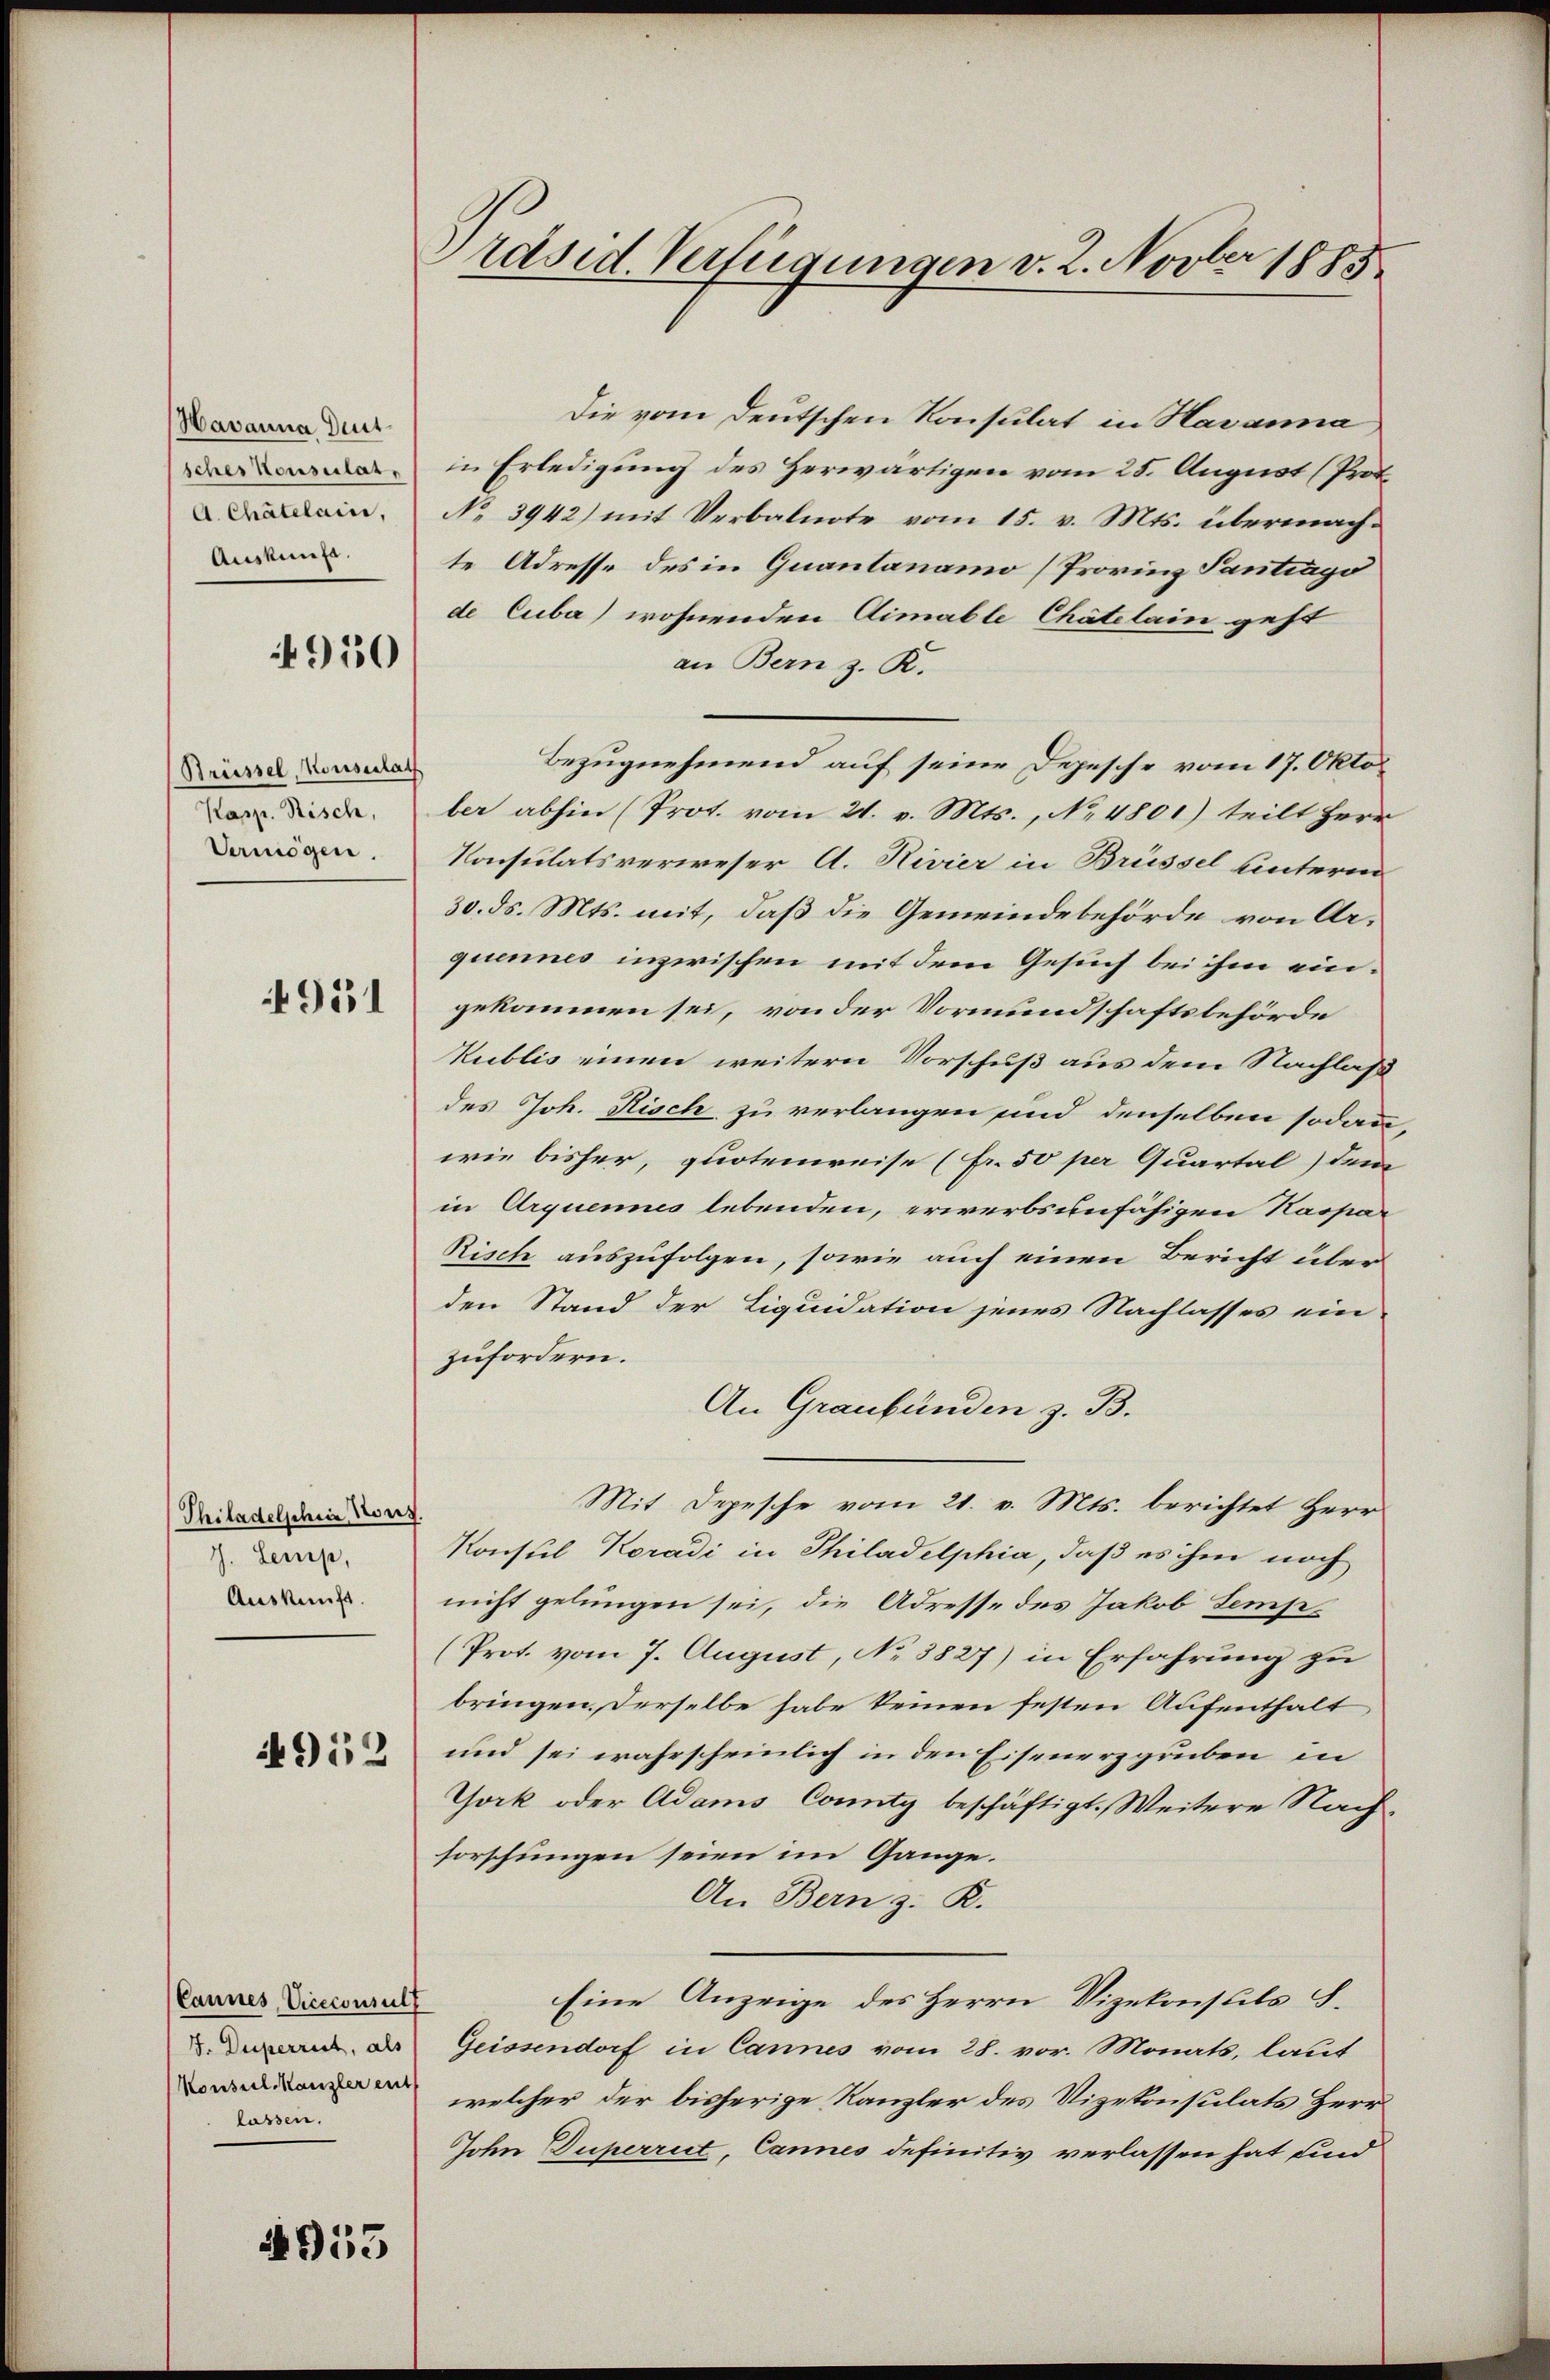
Havanna Dritscher Konsulat,
A. Chatelain,
Auskunft.

950

Brüssel, Konsulat
Kasp. Risch,
Vermögen.

951

Philadelschein Nor
J. Lemp,
Auskunft.

952

Cannes, Viceconsult
J. Duperrect, als
Konsul Kanzler ent
lassen.

2553

räsid. Verfügungen v. 2. Novber 1885.

Die vom deutschen Konsulat in Havanna
in Erledigung des Herwärtigen vom 25. August (Prof.
No 3942) mit Verbalnote vom 15. v. Mts. übermachte Adresse des in Quantanamo (Provinz Pantragi
de Cuba) wohnenden Aimable Chätelain geht
an Bern z. R.
Bezugnehmend auf seine Depesche vom 17. Okto
ber abhin (Prot. vom 21. v. Mts., No 4801) teilt Herr
Konsulatsverweser A. Rivier in Brüssel unterm
30. ds. Mts. mit, daß die Gemeindebehörde von Arquennes inzwischen mit dem Gesuch bei ihm ein-
gekommen sei, von der Vormundschaftsbehörde
Kuiblis einen weitern Vorschuß aus dem Nachlaß
des Joh. Risch zu verlangen und denselben sodann,
wie bisher, quotenweise (Fr. 50 per Quartal) dem
in Arquennes lebenden, erwerbsunfähigen Kaspar
Risch auszufolgen, sowie auch einen Bericht über
den Stand der Liquidation jenes Nachlasses ein
zufordern.
An Graubünden z. B.
Mit Depesche vom 21. v. Mts. berichtet Herr
Konsul Koradi in Philadelphia, daß es ihm noch
nicht gelungen sei, die Adresse des Jakob Semp¬
(Prot. vom 7. August, No 3827) in Erfahrung zu
bringen. Derselbe habe keinen festen Aufenthalt,
und sei wahrscheinlich in den Eisenerzgruben in
York oder Adams Conty beschäftigt. Weitere Nachforschungen seien im Gange.
An Bern z. R.
Eine Anzeige des Herrn Vizekonsuls S.
Geissendorf in Cannes vom 28. vor. Monats, laut
welcher der bisherige Kanzler des Vizekonsulats Herr
John Duperriet, Cannes definitiv verlassen hat und